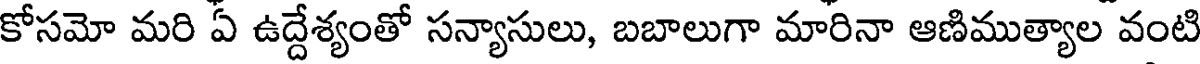
కోసమో మరి ఏ ఉద్దేశ్యంతో సన్యాసులు, బబాలుగా మారినా ఆణిముత్యాల వంటి